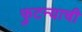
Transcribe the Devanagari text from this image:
फुटन्याची